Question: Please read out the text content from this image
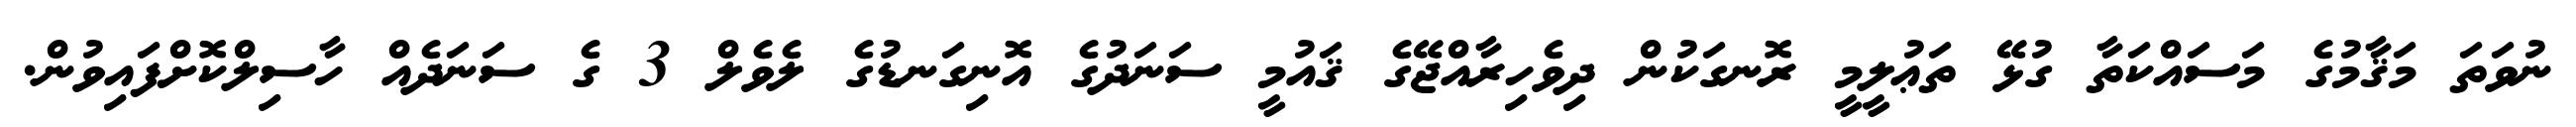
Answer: ނުވަތަ މަޤާމުގެ މަސައްކަތާ ގުޅޭ ތަޢުލީމީ ރޮނގަކުން ދިވެހިރާއްޖޭގެ ޤައުމީ ސަނަދުގެ އޮނިގަނޑުގެ ލެވެލް 3 ގެ ސަނަދެއް ހާސިލްކޮށްފައިވުން.